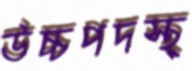
উচ্চপদস্থ্